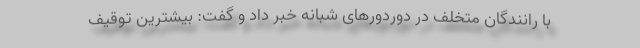
با رانندگان متخلف در دوردورهای شبانه خبر داد و گفت: بیشترین توقیف